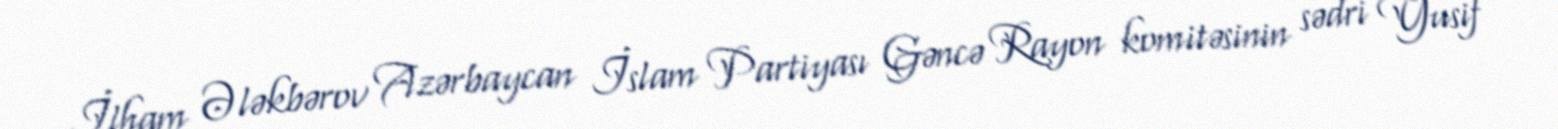
İlham Ələkbərov Azərbaycan İslam Partiyası Gəncə Rayon komitəsinin sədri Yusif